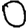
Digit: 0